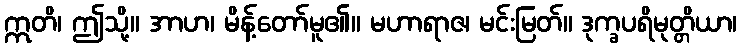
ဣတိ၊ ဤသို့။ အာဟ၊ မိန့်တော်မူ၏။ မဟာရာဇ၊ မင်းမြတ်။ ဒုက္ခပရိမုတ္တိယာ၊